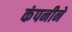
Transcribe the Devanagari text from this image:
कंपनीने